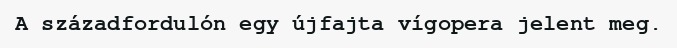
A századfordulón egy újfajta vígopera jelent meg.